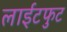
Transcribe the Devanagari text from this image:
लाईटफुट